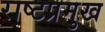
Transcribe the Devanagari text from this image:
राष्टप्रमुख